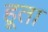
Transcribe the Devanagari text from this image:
हूता